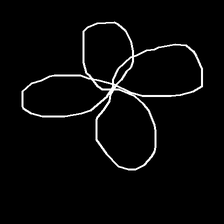
Glyph: billowing